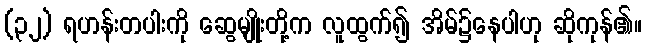
(၃၂) ရဟန်းတပါးကို ဆွေမျိုးတို့က လူထွက်၍ အိမ်၌နေပါဟု ဆိုကုန်၏။